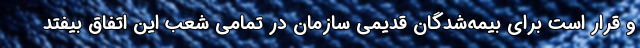
و قرار است برای بیمه‌شدگان قدیمی سازمان در تمامی شعب این اتفاق بیفتد